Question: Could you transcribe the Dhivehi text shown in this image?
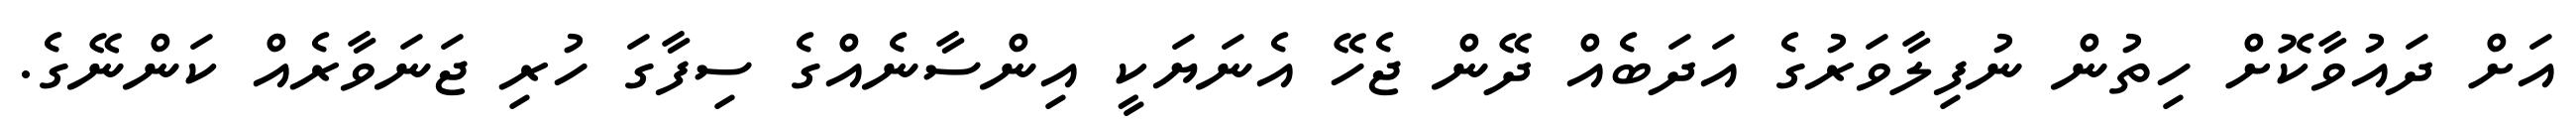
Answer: އަށް ދައުވާކޮށް ހިތުން ނުފިލާވަރުގެ އަދަބެއް ދޭން ޖެހޭ އެނަޔަކީ އިންސާނެއްގެ ސިފާގަ ހުރި ޖަނަވާރެއް ކަންނޭގެ.